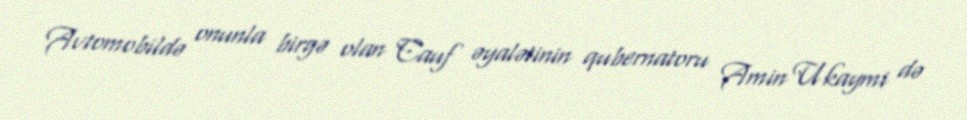
Avtomobildə onunla birgə olan Cauf əyalətinin qubernatoru Amin Ukaymi də